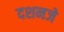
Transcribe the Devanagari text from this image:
दशनजे